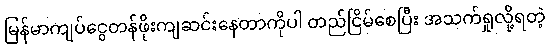
မြန်မာကျပ်ငွေတန်ဖိုးကျဆင်းနေတာကိုပါ တည်ငြိမ်စေပြီး အသက်ရှုလို့ရတဲ့